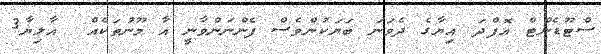
ސްޓޫޑެންޓް އޮފްދަ އިޔާގެ ދެވަނަ ބަޔަކުންވެސް ފެންނަންވާނީ އާ މޫނުތަކެއް  އާލިޔާ3